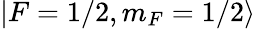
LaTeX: |F=1/2,m_{F}=1/2\rangle